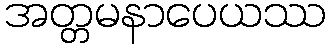
အတ္တမနာပေယဿ